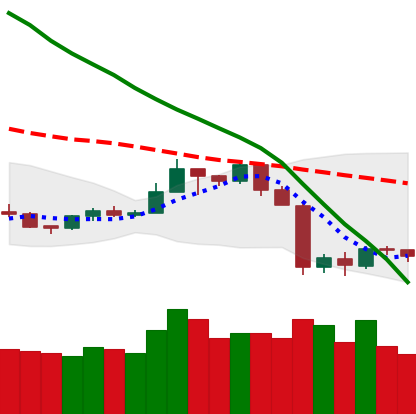
Ticker: TRX-USD
Chart end date: 2019-09-29
Forward return: 9.745%
Label: up_7plus